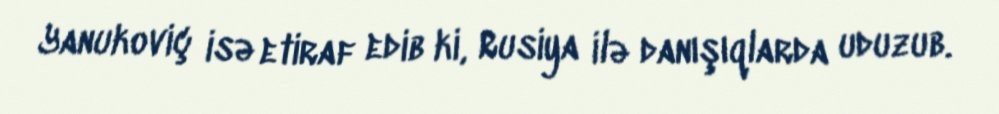
Yanukoviç isə etiraf edib ki, Rusiya ilə danışıqlarda uduzub.